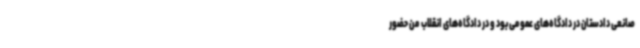
صانعی دادستان در دادگاه‌های عمومی بود و در دادگاه‌های انقلاب من حضور